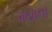
ગયાના